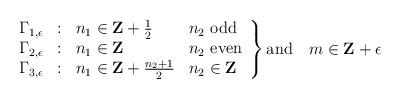
LaTeX: \begin{align*}\left.\begin{array}{ccll}\Gamma_{1,\epsilon} & : & n_1\in{\bf Z}+{1\over 2} & n_2\ {\rm odd} \\\Gamma_{2,\epsilon} & : & n_1\in{\bf Z} & n_2\ {\rm even} \\\Gamma_{3,\epsilon} & : & n_1\in{\bf Z}+{n_2+1\over 2} & n_2\in{\bf Z}\end{array}\right\} {\rm and}\quad m\in{\bf Z}+\epsilon\end{align*}